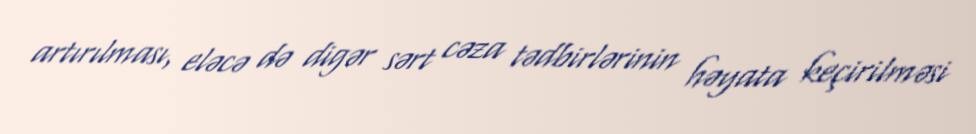
artırılması, eləcə də digər sərt cəza tədbirlərinin həyata keçirilməsi